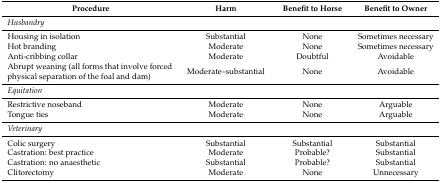
| Procedure | Harm | Benefit to Horse | Benefit to Owner |
 | --- | --- | --- | --- |
 | <COLSPAN=4> Husbandry |
 | Housing in isolation | Substantial | None | Sometimes necessary |
 | Hot branding | Moderate | None | Sometimes necessary |
 | Anti-cribbing collar | Moderate | Doubtful | Avoidable |
 | Abrupt weaning (all forms that involve forced physical separation of the foal and dam) | Moderate–substantial | None | Avoidable |
 | <COLSPAN=4> Equitation |
 | Restrictive noseband | Moderate | None | Arguable |
 | Tongue ties | Moderate | None | Arguable |
 | <COLSPAN=4> Veterinary |
 | Colic surgery | Substantial | Substantial | Substantial |
 | Castration: best practice | Moderate | Probable? | Substantial |
 | Castration: no anaesthetic | Substantial | Probable? | Substantial |
 | Clitorectomy | Moderate | None | Unnecessary |